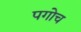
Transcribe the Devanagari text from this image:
पगोच